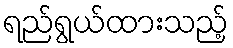
ရည်ရွယ်ထားသည့်